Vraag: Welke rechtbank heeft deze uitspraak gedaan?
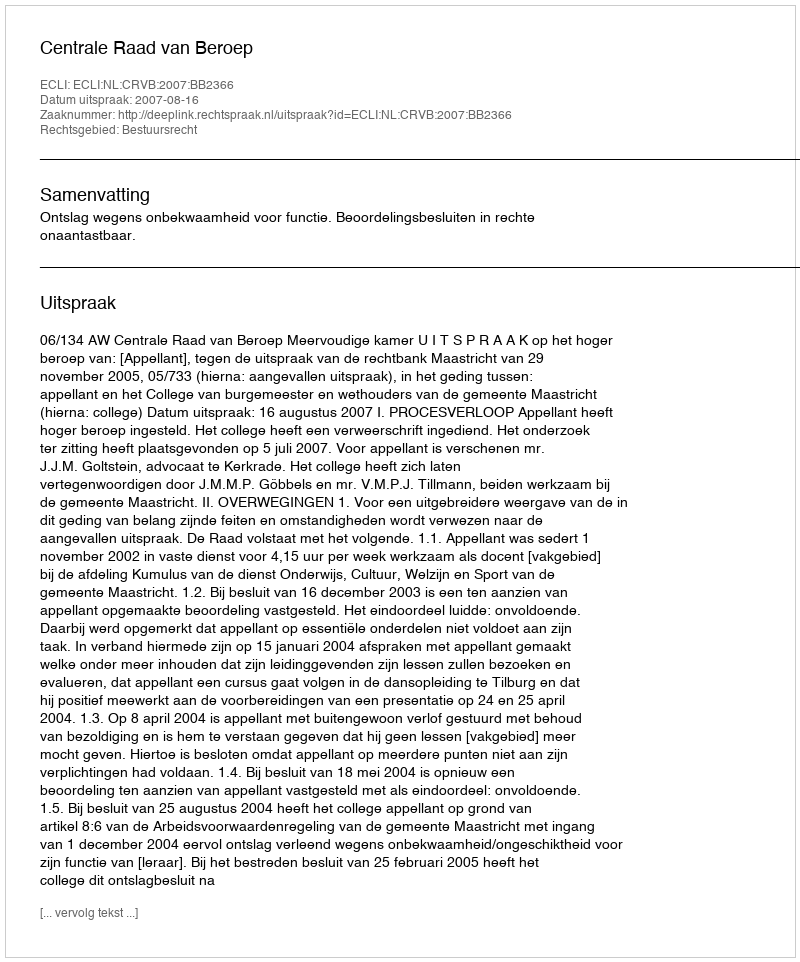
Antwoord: Centrale Raad van Beroep